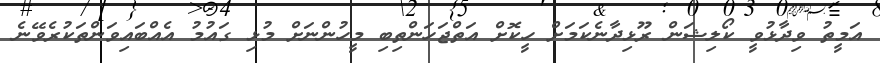
އަމީތު ވިދާޅުވީ ކޯލިޝަން ރޫޅިދާނެކަމަށް ހީކޮށް އަތްޖަހަންތިބި މީހުންނަށް މުޅި ގައުމު އެއްބައިވަންތަކުރެވޭނެ